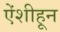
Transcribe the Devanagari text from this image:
ऐंशीहून